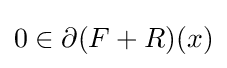
0\in \partial (F+R)(x)